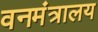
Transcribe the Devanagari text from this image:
वनमंत्रालय